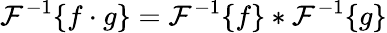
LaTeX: {\mathcal{F}}^{-1}\{ f\cdot g\} ={\mathcal{F}}^{-1}\{ f\} *{\mathcal{F}}^{-1}\{ g\}